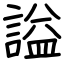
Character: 謚